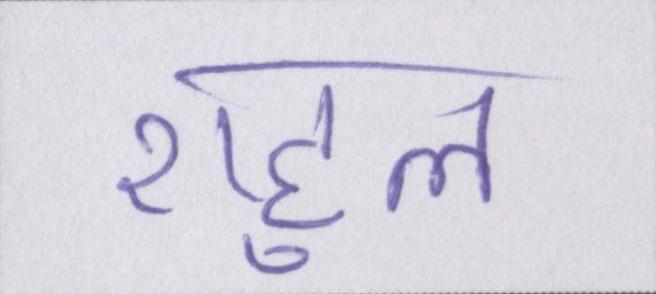
राहुल